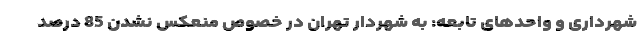
شهرداری و واحدهای تابعه: به شهردار تهران در خصوص منعکس نشدن 85 درصد